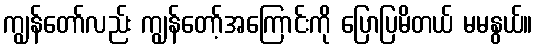
ကျွန်တော်လည်း ကျွန်တော့်အကြောင်းကို ပြောပြမိတယ် မမနွယ်။